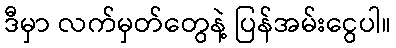
ဒီမှာ လက်မှတ်တွေနဲ့ ပြန်အမ်းငွေပါ။